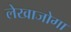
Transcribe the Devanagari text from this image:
लेखाजोगा